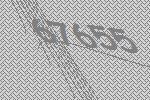
67655